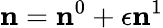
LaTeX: {\mathbf n}={\mathbf n}^{0}+\epsilon{\mathbf n}^{1}